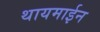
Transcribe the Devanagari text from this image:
थायमाईन